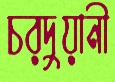
চরদুয়ানী